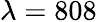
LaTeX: \lambda=808